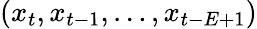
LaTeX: (x_{t},x_{t-1},\ldots,x_{t-E+1})